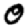
Digit: 0